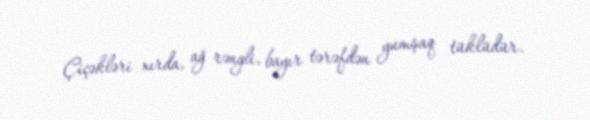
Çiçəkləri xırda, ağ rəngli, bayır tərəfdən yumşaq tüklüdür.